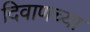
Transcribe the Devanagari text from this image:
दिवाणच्या